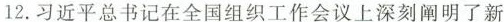
12.习近平总书记在全国组织工作会议上深刻阐明了新